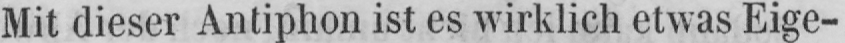
Mit dieser Antiphon ist es wirklich etwas Eige-